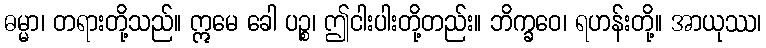
ဓမ္မာ၊ တရားတို့သည်။ ဣမေ ခေါ ပဉ္စ၊ ဤငါးပါးတို့တည်း။ ဘိက္ခဝေ၊ ရဟန်းတို့။ အာယုဿ၊